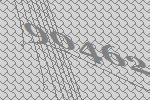
90462